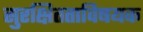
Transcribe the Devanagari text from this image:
सुरक्षितताविषयक